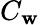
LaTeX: C_{\mathbf{w}}